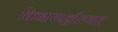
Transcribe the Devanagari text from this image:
किनारपट्टीलगत